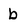
Character: b